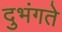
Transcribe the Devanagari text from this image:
दुभंगते